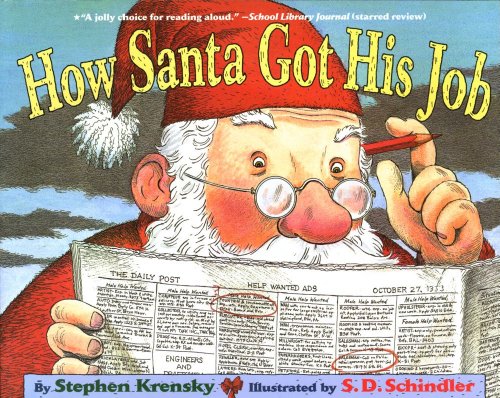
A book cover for How Santa Got His Job; Stephen Krensky; Children's Books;